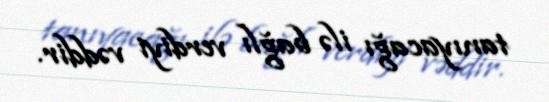
tanıyacağı ilə bağlı verdiyi vəddir.